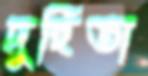
দুহিতা